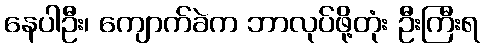
နေပါဦး၊ ကျောက်ခဲက ဘာလုပ်ဖို့တုံး ဦးကြီးရ